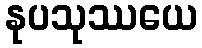
နုပသုဿယေ